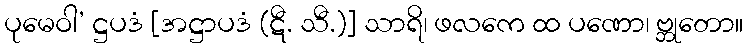
ပုမေဝါ’ ဋ္ဌပဒံ [အဋ္ဌာပဒံ (ဋီ. သီ.)] သာရိ၊ ဖလကေ ထ ပဏော၊ ဗ္ဘုတော။